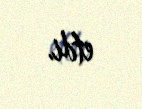
etdi.